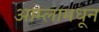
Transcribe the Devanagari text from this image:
आम्लामधून